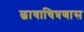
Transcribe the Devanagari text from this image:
छायाचित्रणास